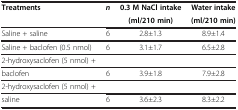
| Treatments | n | 0.3 M NaCl intake | Water intake |
 |  |  | (ml/210 min) | (ml/210 min) |
 | --- | --- | --- | --- |
 | Saline + saline | 6 | 2.8±1.3 | 8.9±1.4 |
 | Saline + baclofen (0.5 nmol) | 6 | 3.1±1.7 | 6.5±2.8 |
 | 2-hydroxysaclofen (5 nmol) + |  |  |  |
 | baclofen | 6 | 3.9±1.8 | 7.9±2.8 |
 | 2-hydroxysaclofen (5 nmol) + |  |  |  |
 | saline | 6 | 3.6±2.3 | 8.3±2.2 |